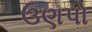
ઉણપો